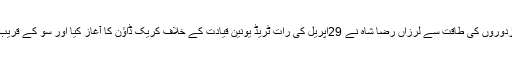
کمیونسٹ پارٹی کی قیادت میں منظم مزدوروں کی طاقت سے لرزاں رضا شاہ نے 29اپریل کی رات ٹریڈ یونین قیادت کے خلاف کریک ڈاؤن کا آغاز کیا اور سو کے قریب مزدور رہنماؤں کو گرفتار کر لیا گیا ۔